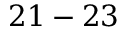
2 1 - 2 3